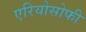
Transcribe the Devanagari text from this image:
एरियोसोफी